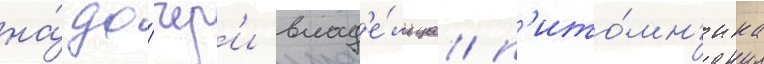
на́ до́чер'и влад'е́льца п'ито́мн'ика